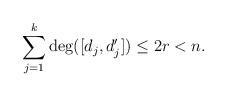
LaTeX: \begin{align*}\sum_{j = 1}^k \deg([d_j,d_j']) \leq 2r < n.\end{align*}